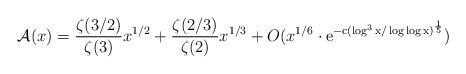
LaTeX: \begin{align*} \mathcal{A}(x)=\frac{\zeta(3/2)}{\zeta(3)}x^{1/2}+\frac{\zeta(2/3)}{\zeta(2)}x^{1/3}+O(x^{1/6}\cdot \mathrm{e^{-c(\log^{3}x/\log\log x)^{\frac{1}{5}}}})\end{align*}